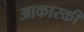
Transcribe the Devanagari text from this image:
आकारकी